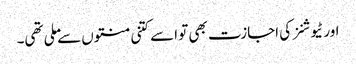
اور ٹیوشنز کی اجازت بھی تو اسے کتنی منتوں سے ملی تھی۔